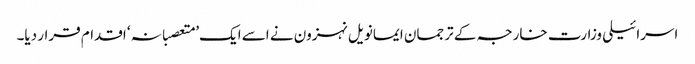
اسرائیلی وزارت خارجہ کے ترجمان ایمانویل نہزون نے اسے ایک’ متعصبانہ‘ اقدام قرار دیا۔